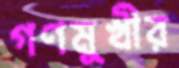
গণমুখীর